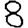
Digit: 8